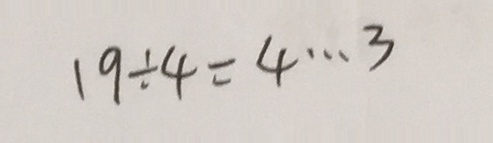
1 9 \div 4 = 4 \cdots 3